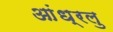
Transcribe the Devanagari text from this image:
आंध्रलु